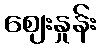
ဈေးနှုန်း